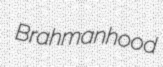
Brahmanhood